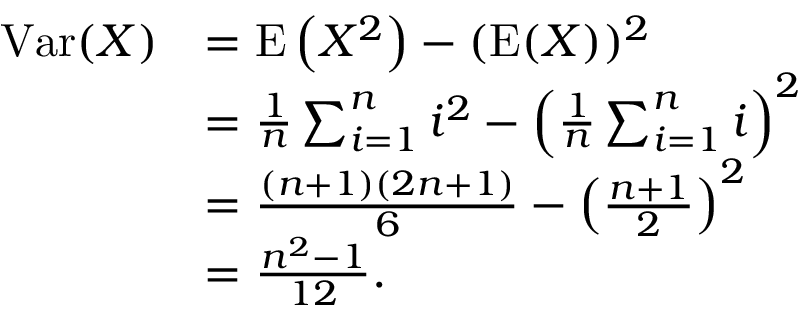
{ \begin{array} { r l } { \operatorname { V a r } ( X ) } & { = \operatorname { E } \left( X ^ { 2 } \right) - ( \operatorname { E } ( X ) ) ^ { 2 } } \\ & { = { \frac { 1 } { n } } \sum _ { i = 1 } ^ { n } i ^ { 2 } - \left( { \frac { 1 } { n } } \sum _ { i = 1 } ^ { n } i \right) ^ { 2 } } \\ & { = { \frac { ( n + 1 ) ( 2 n + 1 ) } { 6 } } - \left( { \frac { n + 1 } { 2 } } \right) ^ { 2 } } \\ & { = { \frac { n ^ { 2 } - 1 } { 1 2 } } . } \end{array} }